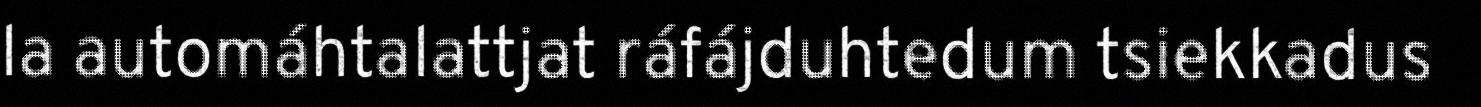
la automáhtalattjat ráfájduhtedum tsiekkadus